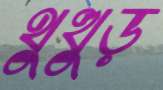
থুত্থুড়